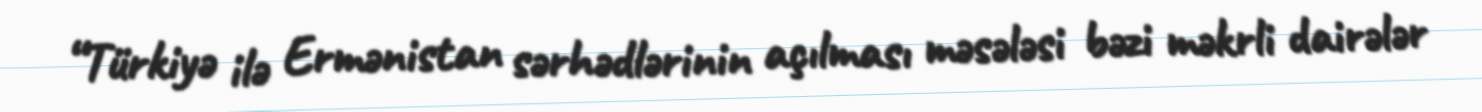
“Türkiyə ilə Ermənistan sərhədlərinin açılması məsələsi bəzi məkrli dairələr